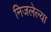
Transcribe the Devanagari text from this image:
निजलेल्या